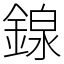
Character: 䤼